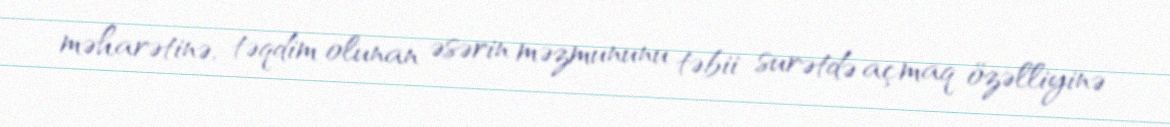
məharətinə, təqdim olunan əsərin məzmununu təbii surətdə açmaq özəlliyinə